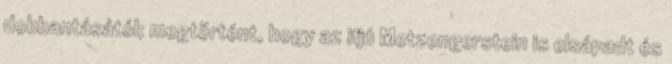
dobbantásától; megtörtént, hogy az ifjú Metzengerstein is elsápadt és